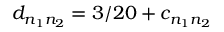
d _ { n _ { 1 } n _ { 2 } } = 3 / 2 0 + c _ { n _ { 1 } n _ { 2 } }